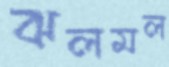
ঝলমল